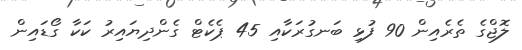
ލޮޖްގެ ތެރެއިން 90 ފުޅި ބަނގުރަކާއި 45 ޕެކެޓް ގެންދިޔައިރު ކަކާ ގޯޑައިން